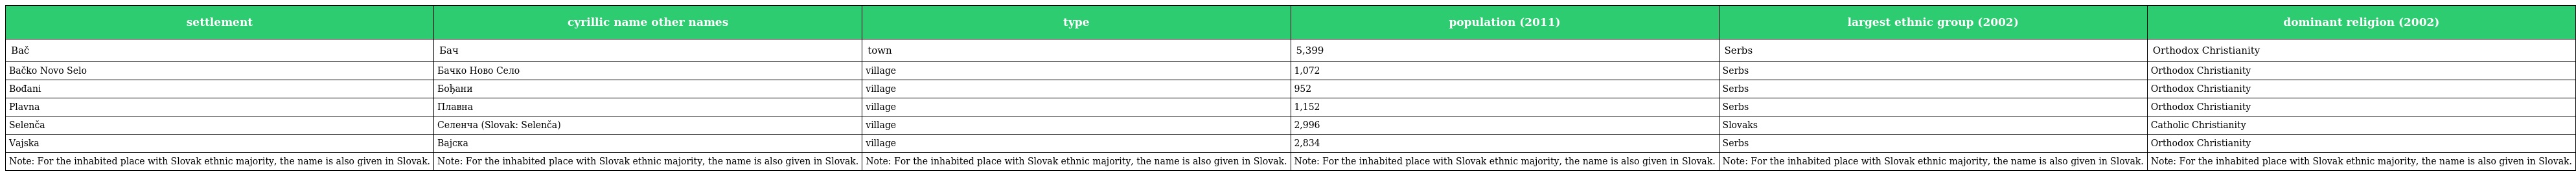
| settlement | cyrillic name other names | type | population (2011) | largest ethnic group (2002) | dominant religion (2002) |
 | --- | --- | --- | --- | --- | --- |
 | Bač | Бач | town | 5,399 | Serbs | Orthodox Christianity |
 | Bačko Novo Selo | Бачко Ново Село | village | 1,072 | Serbs | Orthodox Christianity |
 | Bođani | Бођани | village | 952 | Serbs | Orthodox Christianity |
 | Plavna | Плавна | village | 1,152 | Serbs | Orthodox Christianity |
 | Selenča | Селенча (Slovak: Selenča) | village | 2,996 | Slovaks | Catholic Christianity |
 | Vajska | Вајска | village | 2,834 | Serbs | Orthodox Christianity |
 | Note: For the inhabited place with Slovak ethnic majority, the name is also given in Slovak. | Note: For the inhabited place with Slovak ethnic majority, the name is also given in Slovak. | Note: For the inhabited place with Slovak ethnic majority, the name is also given in Slovak. | Note: For the inhabited place with Slovak ethnic majority, the name is also given in Slovak. | Note: For the inhabited place with Slovak ethnic majority, the name is also given in Slovak. | Note: For the inhabited place with Slovak ethnic majority, the name is also given in Slovak. |